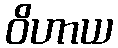
ဝိဟာယ